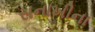
સનાખીના